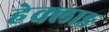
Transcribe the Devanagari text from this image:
हेक्लाङ